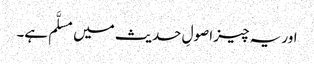
اور یہ چیز اصولِ حدیث میں مسلَّم ہے۔